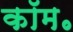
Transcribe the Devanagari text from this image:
कॉम॰